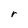
Character: r